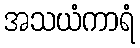
အသယံကာရံ